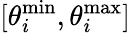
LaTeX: [\theta_{i}^{\operatorname*{min}},\theta_{i}^{\operatorname*{max}}]